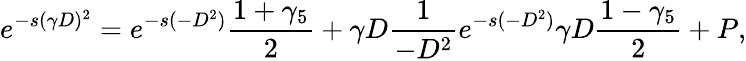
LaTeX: e^{-s(\gamma D)^{2}}=e^{-s(-D^{2})}{\frac{1+\gamma_{5}}{2}}+\gamma D{\frac{1}{-D^{2}}}e^{-s(-D^{2})}\gamma D{\frac{1-\gamma_{5}}{2}}+P,